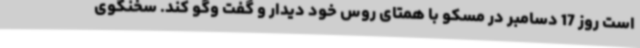
است روز 17 دسامبر در مسکو با همتای روس خود دیدار و گفت وگو کند. سخنگوی